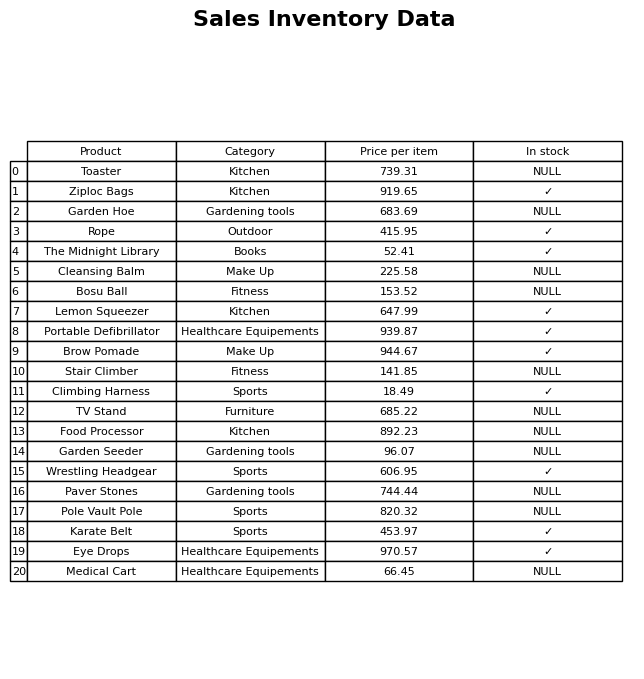
question: What is the price for Wrestling Headgear?
answer: The price of Wrestling Headgear is 606.95.